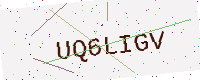
Text: UQ6LIGV